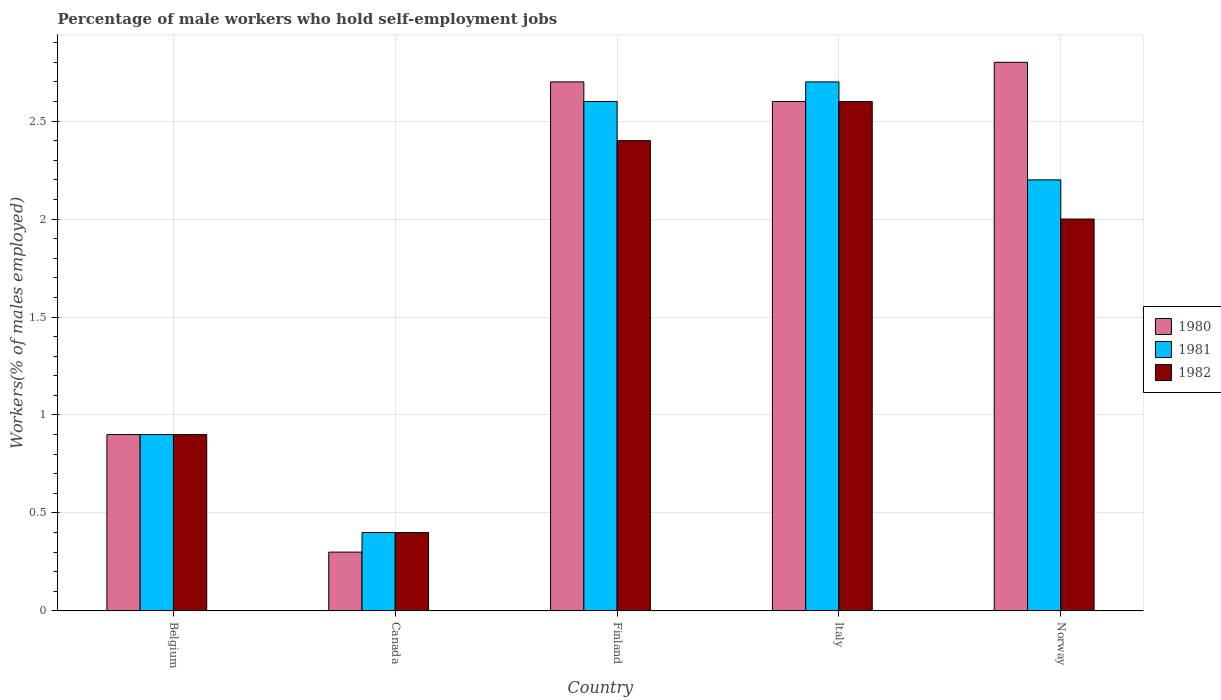
| Country | 1980 | 1981 | 1982 |
 | --- | --- | --- | --- |
 | Belgium | 0.9 | 0.9 | 0.9 |
 | Canada | 0.3 | 0.4 | 0.4 |
 | Finland | 2.7 | 2.6 | 2.4 |
 | Italy | 2.6 | 2.7 | 2.6 |
 | Norway | 2.8 | 2.2 | 2 |